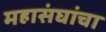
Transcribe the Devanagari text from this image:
महासंघांचा